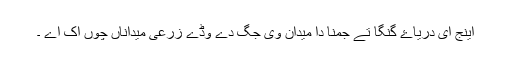
اینج ای دریاۓ گنگا تے جمنا دا میدان وی جگ دے وڈے زرعی میداناں چوں اک اے ۔